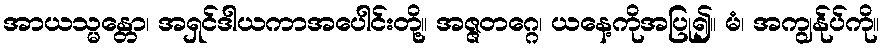
အာယသ္မန္တော၊ အရှင်ဒါယကာအပေါင်းတို့။ အဇ္ဇတဂ္ဂေ၊ ယနေ့ကိုအပြု၍။ မံ၊ အကျွန်ုပ်ကို။